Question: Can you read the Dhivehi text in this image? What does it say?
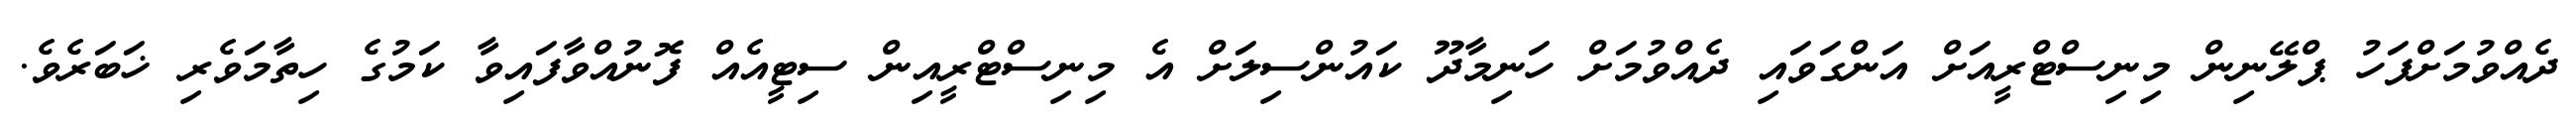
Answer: ދެއްވުމަށްފަހު ޕްލޭނިން މިނިސްޓްރީއަށް އަންގަވައި ދެއްވުމަށް ހަނިމާދޫ ކައުންސިލަށް އެ މިނިސްޓްރީއިން ސިޓީއެއް ފޮނުއްވާފައިވާ ކަމުގެ ހިތާމަވެރި ޚަބަރެވެ.